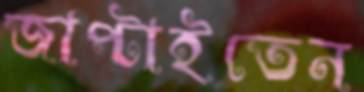
জাপ্‌টাইতেন